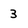
Character: 3